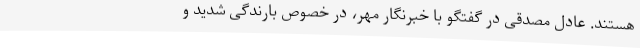
هستند. عادل مصدقی در گفتگو با خبرنگار مهر، در خصوص بارندگی شدید و